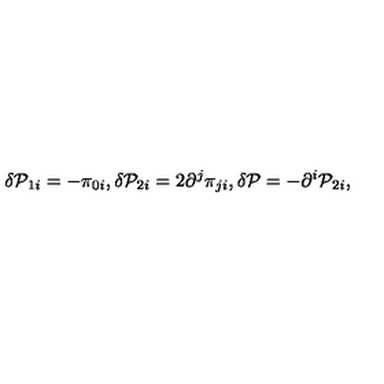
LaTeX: \delta { \cal P } _ { 1 i } = - \pi _ { 0 i } , \delta { \cal P } _ { 2 i } = 2 \partial ^ { j } \pi _ { j i } , \delta { \cal P } = - \partial ^ { i } { \cal P } _ { 2 i } ,